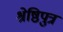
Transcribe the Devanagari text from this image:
श्रेष्ठिपुत्र